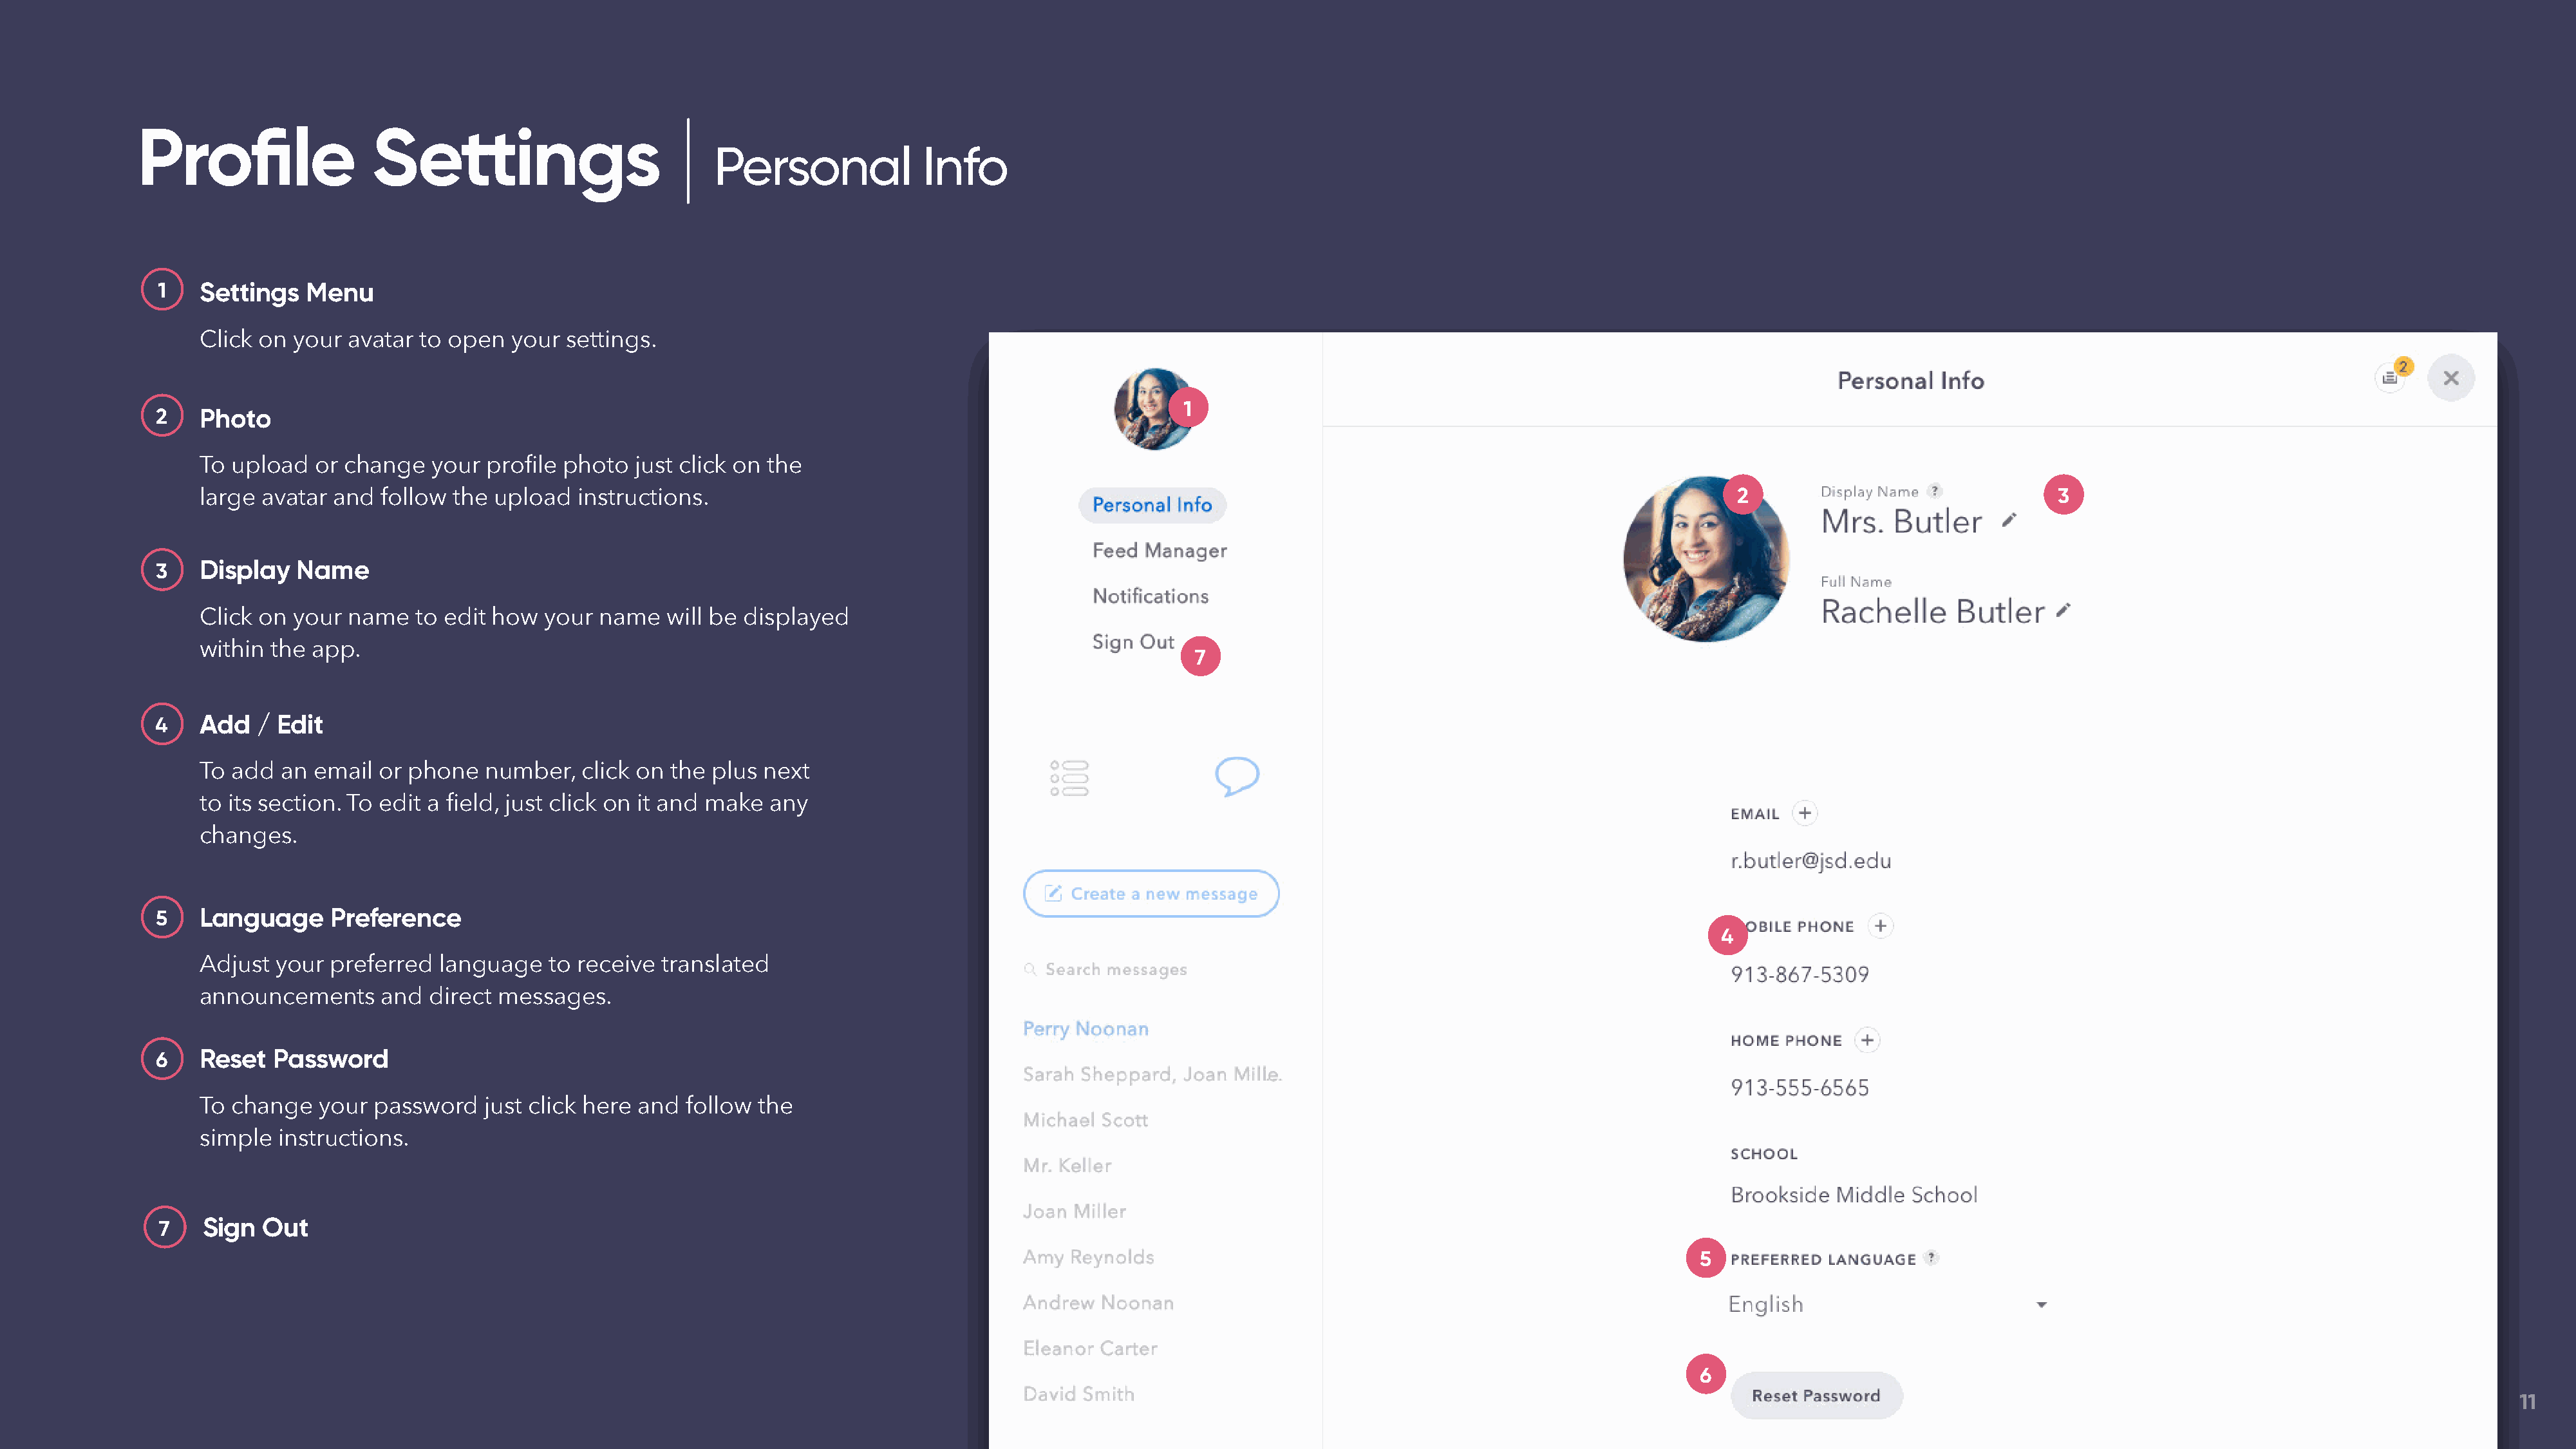
Profile                 Settings
 Personal              Info
 1    Settings   Menu
 Click on your  avatar to open   your settings.
 1
 2    Photo
 To upload  or change   your  profile photo  just click on the
 large avatar and  follow  the upload  instructions.                                                                                                           2                                3
 3    Display   Name
 Click on your  name   to edit how  your  name   will be displayed
 within the app.
 7
 4    Add  / Edit
 To add  an email  or phone   number,   click on the plus next
 to its section. To edit a field, just click on it and make any
 changes.
 5    Language     Preference
 4
 Adjust your  preferred  language   to receive  translated
 announcements     and  direct messages.
 6    Reset  Password
 To change   your password    just click here and  follow the
 simple  instructions.
 7    Sign  Out
 5
 6
 11